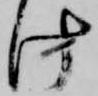
け